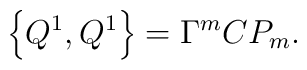
\left\{ Q^{1},Q^{1}\right\} =\Gamma ^{m}CP_{m}.